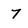
Character: 7